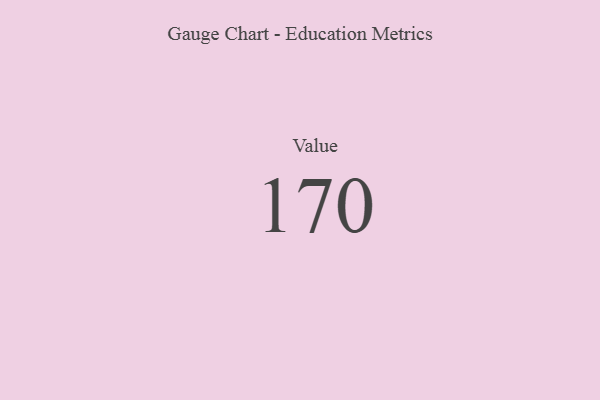
{"axis": {"x": "Metric", "y": "Value"}, "legend": [""], "data": [{"x": "Value", "y": 170, "type": ""}]}